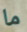
ما